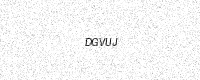
Text: DGVUJ